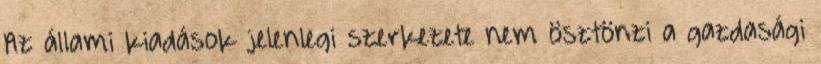
Az állami kiadások jelenlegi szerkezete nem ösztönzi a gazdasági